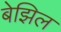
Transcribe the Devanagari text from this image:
बेझिल